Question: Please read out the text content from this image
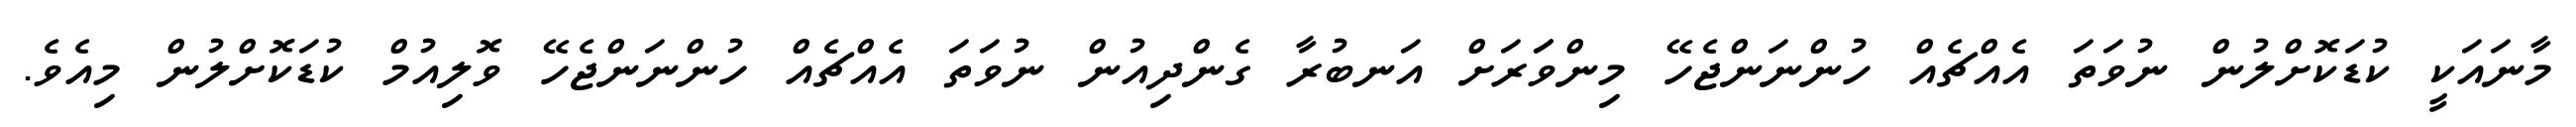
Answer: މާނައަކީ ކުޑަކޮށްލުން ނުވަތަ އެއްޗެއް ހުންނަންޖެހޭ މިންވަަރަށް އަނބުރާ ގެންދިއުން ނުވަތަ އެއްޗެއް ހުންނަންޖެހޭ ވޮލިއުމް ކުޑަކޮށްލުން މިއެވެ.